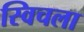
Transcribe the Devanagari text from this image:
स्विचला